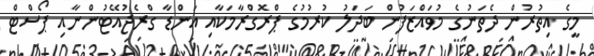
މީގެ އިތުރުން ދެތަނުގެ މުވައްޒަފުން ބަދަލު ކުރުމުގެ ޕްރޮގްރާމަކާއި އަންޑާ ގްރެޖުއޭޓުންނާއި ޕޯސްޓް